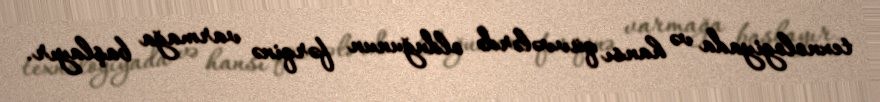
texnologiyada və hansı qüvvələrdə olduğunun fərqinə varmağa başlayır.